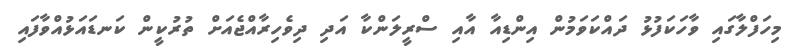
މިހަފްލާގައި ވާހަކަފުޅު ދައްކަވަމުން އިންޑިއާ އާއި ސްރީލަންކާ އަދި ދިވެހިރާއްޖެއަށް ތުރުކީން ކަނޑައަޅުއްވާފައި